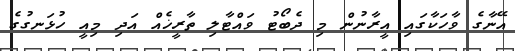
އޭނާގެ ވާހަކާގައި އީރާނުން މި ދެބޯޓު ވައްޓާލި ތާރީޚެއް އަދި މިއީ ހުޅަނގުގެ